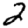
Digit: 2